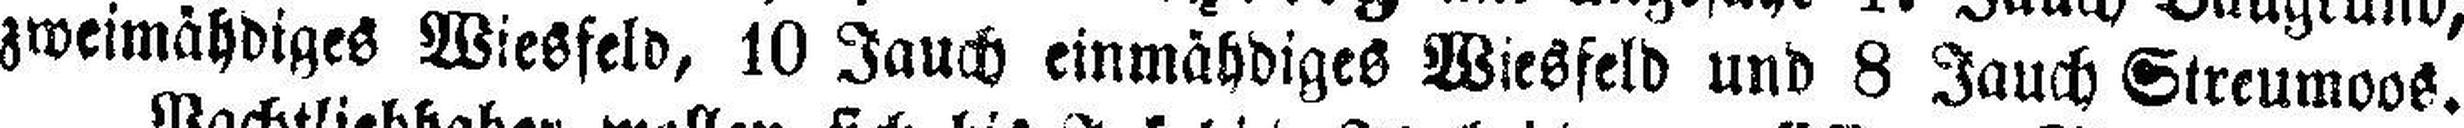
zweimähdiges Wiesfeld, 10 Jauch einmähdiges Wiesfeld und 8 Jauch Streumoos.